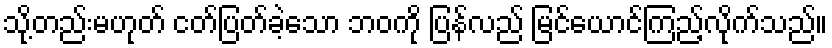
သို့တည်းမဟုတ် ငတ်ပြတ်ခဲ့သော ဘဝကို ပြန်လည် မြင်ယောင်ကြည့်လိုက်သည်။